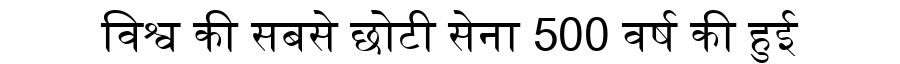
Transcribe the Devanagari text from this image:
विश्व की सबसे छोटी सेना 500 वर्ष की हुई